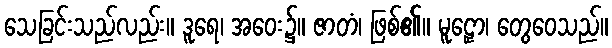
သေခြင်းသည်လည်း။ ဒူရေ၊ အဝေး၌။ ဇာတံ၊ ဖြစ်၏။ မူဠှော၊ တွေဝေသည်။